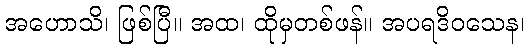
အဟောသိ၊ ဖြစ်ပြီ။ အထ၊ ထိုမှတစ်ဖန်။ အပရဒိဝသေန၊